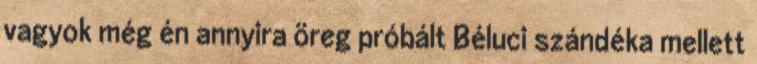
vagyok még én annyira öreg próbált Béluci szándéka mellett